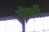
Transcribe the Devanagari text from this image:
ऑर्क्नी